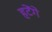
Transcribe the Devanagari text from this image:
हटेंगे